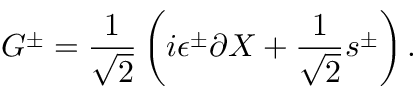
G ^ { \pm } = { \frac { 1 } { \sqrt 2 } } \left( i \epsilon ^ { \pm } \partial X + { \frac { 1 } { \sqrt 2 } } s ^ { \pm } \right) .